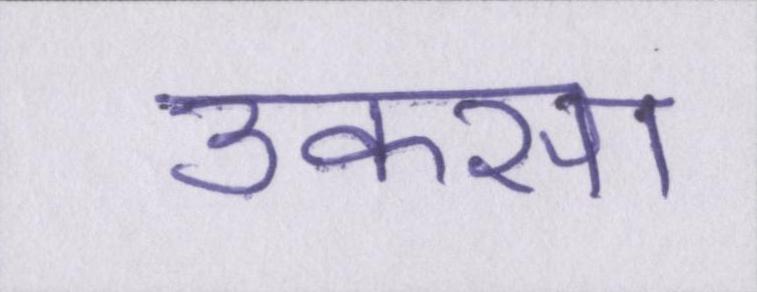
उकसा